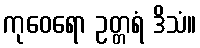
ကုဝေရော ဥတ္တရံ ဒိသံ။